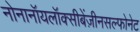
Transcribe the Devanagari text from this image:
नोनानॉयलॉक्सीबेंज़ीनसल्फोनेट